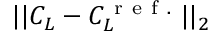
| | C _ { L } - C _ { L } ^ { \mathrm { ~ r ~ e ~ f ~ . ~ } } | | _ { 2 }